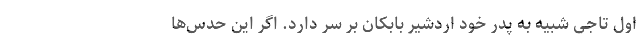
اول تاجی شبیه به پدر خود اردشیر بابکان بر سر دارد. اگر این حدس‌ها